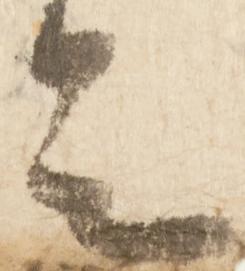
足